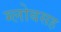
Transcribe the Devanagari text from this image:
ग्लोबसह